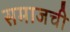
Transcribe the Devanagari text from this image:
समाजची